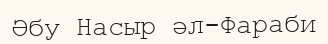
Әбу Насыр әл-Фараби